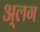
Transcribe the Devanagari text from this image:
अ्लग